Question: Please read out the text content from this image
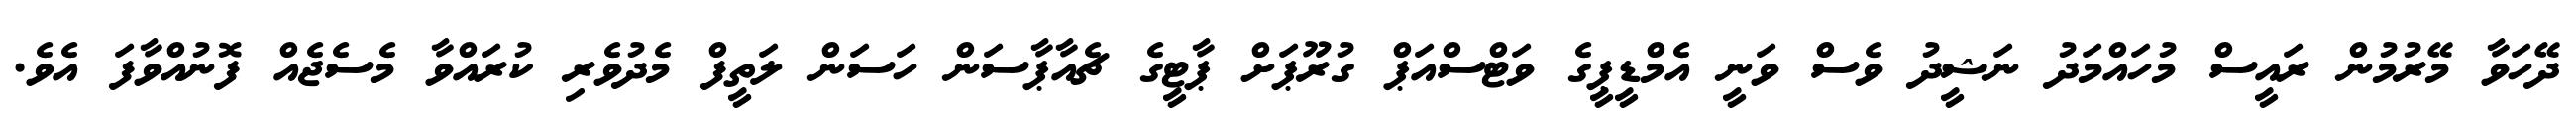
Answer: ދޭހަވާ މޭރުމުން ރައީސް މުހައްމަދު ނަޝީދު ވެސް ވަނީ އެމްޑީޕީގެ ވަޓްސްއަޕް ގުރޫޕަށް ޕާޓީގެ ޗެއާޕާސަން ހަސަން ލަތީފް މެދުވެރި ކުރައްވާ މެސެޖެއް ފޮނުއްވާފަ އެވެ.